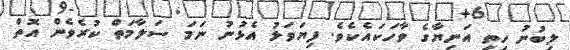
ލިބުނު ހިތި އަނިޔާގެ ވާހަކައެކެވެ. ފިޔަވަޅު އެޅުނު ނަމަ ސަލާމަތް ކުރެވެން އޮތް